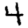
Digit: 4